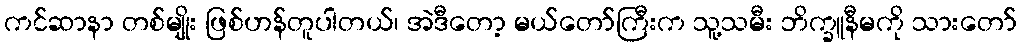
ကင်ဆာနာ တစ်မျိုး ဖြစ်ဟန်တူပါတယ်၊ အဲဒီတော့ မယ်တော်ကြီးက သူ့သမီး ဘိက္ခူနီမကို သားတော်